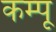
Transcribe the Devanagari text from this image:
कम्पू